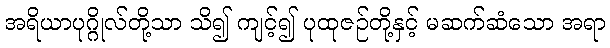
အရိယာပုဂ္ဂိုလ်တို့သာ သိ၍ ကျင့်၍ ပုထုဇဉ်တို့နှင့် မဆက်ဆံသော အရာ